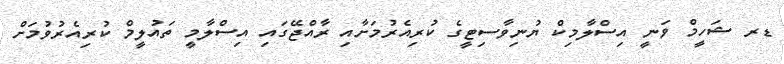
ޑރ ޝަހީމް ވަނީ އިސްލާމިކް ޔުނިވާސިޓީގެ ކުރިއެރުމަށާއި ރާއްޖޭގައި އިސްލާމީ ތައުލީމް ކުރިއެރުވުމަށް